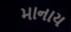
માનાય